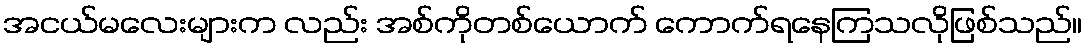
အငယ်မလေးများက လည်း အစ်ကိုတစ်ယောက် ကောက်ရနေကြသလိုဖြစ်သည်။